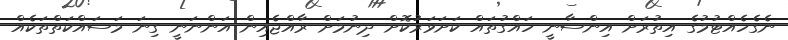
ނެގެހެއްޓުމުގެ އިތުރަށް އިންސާނީ ހައްގުތައް ކަށަވަރުކޮށް ދިނުމަށް ރާއްޖެއިން އަންނަނީ ގިނަ މަސައްކަތްތަކެއް